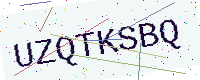
Text: UZQTKSBQ